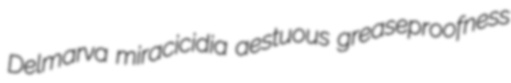
Delmarva miracicidia aestuous greaseproofness